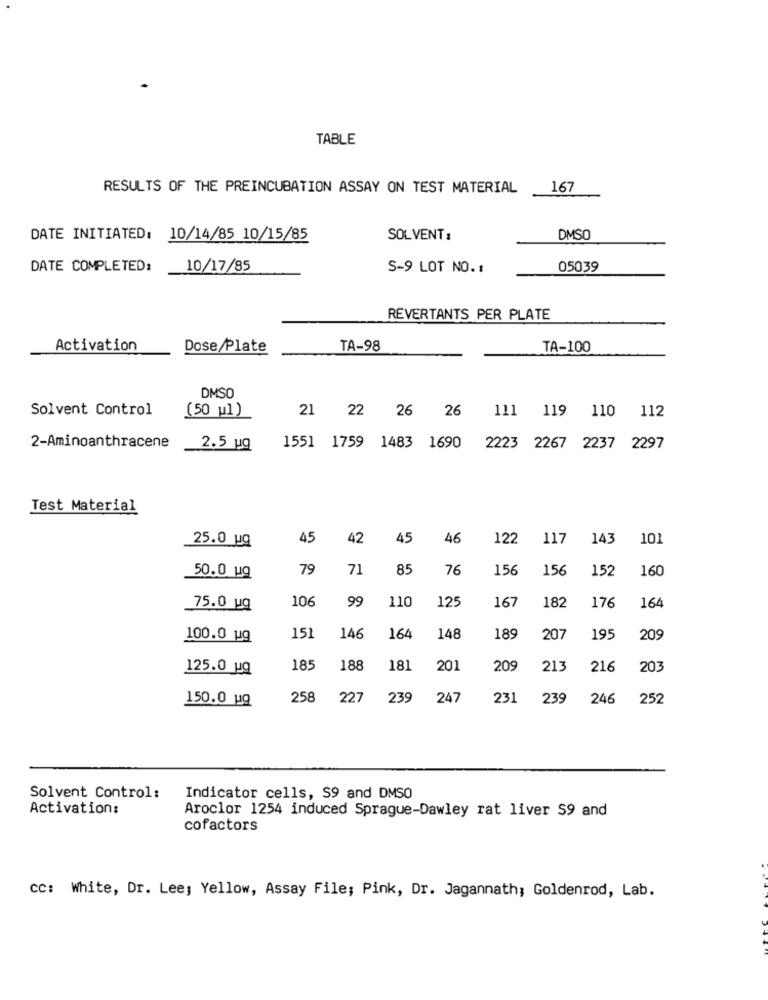
TABLE
RESULTS OF THE PREINCUBATION ASSAY ON TEST MATERIAL
167
DATE INITIATED: 10/14/85 10/15/85
SOLVENT:
DMSO
DATE COMPLETED:
10/17/85
S-9 LOT NO. :
05039
REVERTANTS PER PLATE
Activation
Dose/Plate
TA-98
TA-100
DMSO
Solvent Control
(50 ul)
21 22 26 26
111 119 110 112
1551 1759 1483 1690
2-Aminoanthracene
2.5 ug
2223
2267 2237 2297
Test Material
25.0 Hq
45
42
45
46
122
117
143
10]
79
71
85
76
156
15€
152
160
50.0 ug
106
99
110
125
167
182
176
164
75.0 uq
151
100.0 ug
146
164
148
189
207
195
20
125.0 ug
185
188
181
201
209
213
216
203
150.0 ug
258
227
239
247
231
239
246 252
Solvent Control :
Indicator cells, S9 and DMSO
Activation:
Aroclor 1254 induced Sprague-Dawley rat liver S9 and
cofactors
cc: White, Dr. Lee; Yellow, Assay File; Pink, Dr. Jagannath; Goldenrod, Lab.